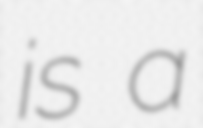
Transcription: is a